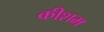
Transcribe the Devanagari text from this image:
कीशम